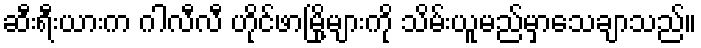
ဆီးရီးယားက ဂါလီလီ ဟိုင်ဖာမြို့များကို သိမ်းယူမည်မှာသေချာသည်။